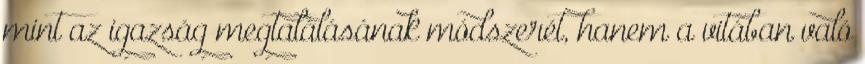
mint az igazság megtalálásának módszerét, hanem a vitában való